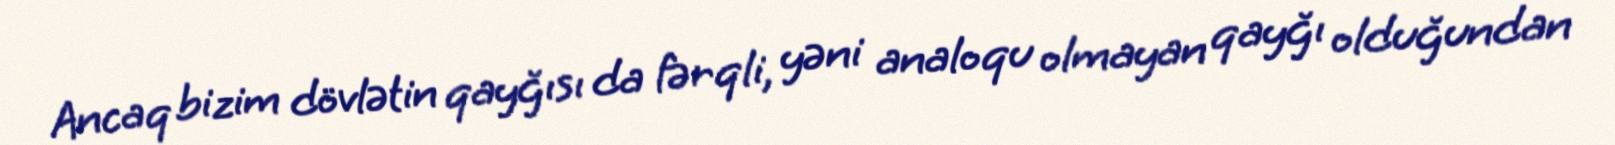
Ancaq bizim dövlətin qayğısı da fərqli, yəni analoqu olmayan qayğı olduğundan